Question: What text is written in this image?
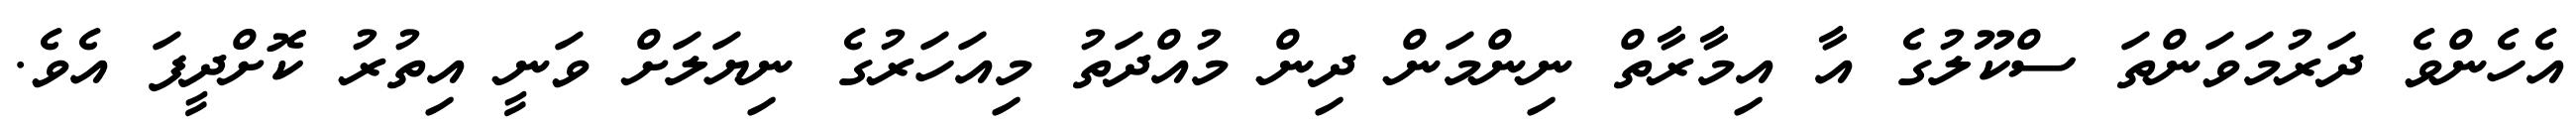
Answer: އެހެންވެ ދަރުމަވަންތަ ސްކޫލުގެ އާ އިމާރާތް ނިންމަން ދިން މުއްދަތު މިއަހަރުގެ ނިޔަލަށް ވަނީ އިތުރު ކޮށްދީފަ އެވެ.